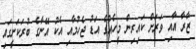
ޒާރާ އާއި ވަރަށް ކައިރިން މީހެއްގެ އަޑު ޖެހުމާއި އެކު އޭނާގެ ބުރަކަށީގައި